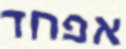
אפחד